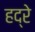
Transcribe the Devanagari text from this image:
हद्रे